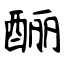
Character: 酾